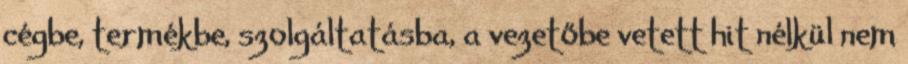
cégbe, termékbe, szolgáltatásba, a vezetőbe vetett hit nélkül nem